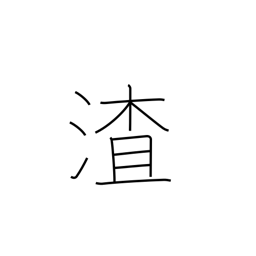
Meaning: dregs